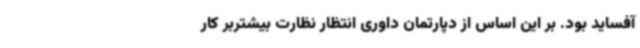
آفساید بود. بر این اساس از دپارتمان داوری انتظار نظارت بیشتربر کار